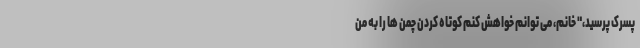
پسرک پرسید،" خانم، می توانم خواهش کنم کوتاه کردن چمن ها را به من